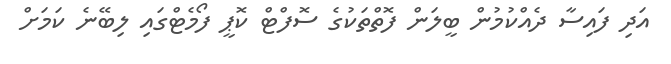
އަދި ފައިސާ ދެއްކުމުން ބީލަން ފޮތްތަކުގެ ސޮފްޓް ކޮޕީ ފޯމެޓްގައި ލިބޭނެ ކަމަށް